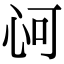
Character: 𢘟